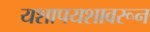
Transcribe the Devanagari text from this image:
यशापयशावरून